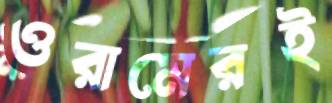
ওরামেরই